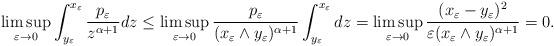
LaTeX: \begin{align*}\limsup_{\varepsilon\to0}\int_{y_\varepsilon}^{x_\varepsilon}\frac{p_\varepsilon}{z^{\alpha+1}}dz\le \limsup_{\varepsilon\to0}\frac{p_\varepsilon}{(x_\varepsilon\wedge y_\varepsilon)^{\alpha+1}}\int_{y_\varepsilon}^{x_\varepsilon}dz=\limsup_{\varepsilon\to0}\frac{(x_\varepsilon-y_\varepsilon)^2}{\varepsilon(x_\varepsilon\wedge y_\varepsilon)^{\alpha+1}}=0.\end{align*}